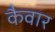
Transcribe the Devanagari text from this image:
कैवार